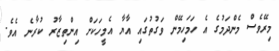
މިރޭވެސް މެންދަމުގެ އެ ހަމަހިމޭން ވަގުތުގައި އާޔާ އެމީހަކަށް އިންތިޒާރު ކުރާނެ އެވެ.